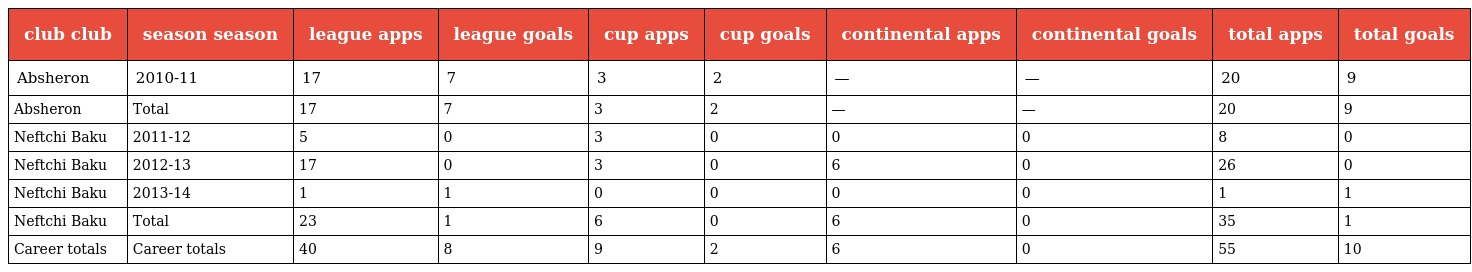
| club club | season season | league apps | league goals | cup apps | cup goals | continental apps | continental goals | total apps | total goals |
 | --- | --- | --- | --- | --- | --- | --- | --- | --- | --- |
 | Absheron | 2010-11 | 17 | 7 | 3 | 2 | — | — | 20 | 9 |
 | Absheron | Total | 17 | 7 | 3 | 2 | — | — | 20 | 9 |
 | Neftchi Baku | 2011-12 | 5 | 0 | 3 | 0 | 0 | 0 | 8 | 0 |
 | Neftchi Baku | 2012-13 | 17 | 0 | 3 | 0 | 6 | 0 | 26 | 0 |
 | Neftchi Baku | 2013-14 | 1 | 1 | 0 | 0 | 0 | 0 | 1 | 1 |
 | Neftchi Baku | Total | 23 | 1 | 6 | 0 | 6 | 0 | 35 | 1 |
 | Career totals | Career totals | 40 | 8 | 9 | 2 | 6 | 0 | 55 | 10 |